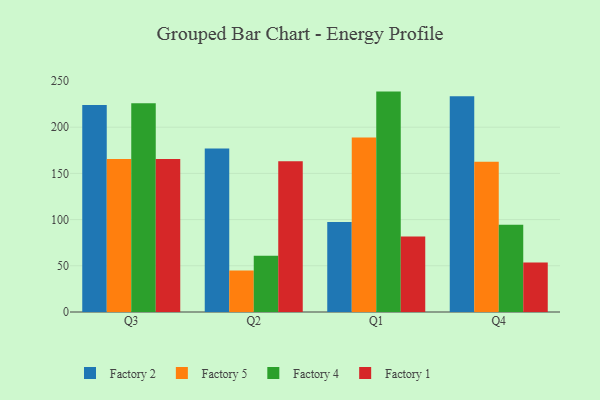
{"axis": {"x": "Quarter", "y": "Satisfaction Score"}, "legend": ["Factory 1", "Factory 2", "Factory 4", "Factory 5"], "data": [{"x": "Q3", "y": 224.1, "type": "Factory 2"}, {"x": "Q3", "y": 165.5, "type": "Factory 5"}, {"x": "Q3", "y": 226.0, "type": "Factory 4"}, {"x": "Q3", "y": 165.6, "type": "Factory 1"}, {"x": "Q2", "y": 177.0, "type": "Factory 2"}, {"x": "Q2", "y": 44.9, "type": "Factory 5"}, {"x": "Q2", "y": 60.9, "type": "Factory 4"}, {"x": "Q2", "y": 163.0, "type": "Factory 1"}, {"x": "Q1", "y": 97.5, "type": "Factory 2"}, {"x": "Q1", "y": 188.9, "type": "Factory 5"}, {"x": "Q1", "y": 238.5, "type": "Factory 4"}, {"x": "Q1", "y": 81.7, "type": "Factory 1"}, {"x": "Q4", "y": 233.4, "type": "Factory 2"}, {"x": "Q4", "y": 162.5, "type": "Factory 5"}, {"x": "Q4", "y": 94.3, "type": "Factory 4"}, {"x": "Q4", "y": 53.5, "type": "Factory 1"}]}